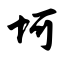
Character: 坷